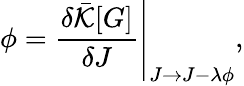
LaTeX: \phi=\left.\frac{\delta\bar{\cal K}[G]}{\delta J}\right|_{J\rightarrow J-\lambda\phi},